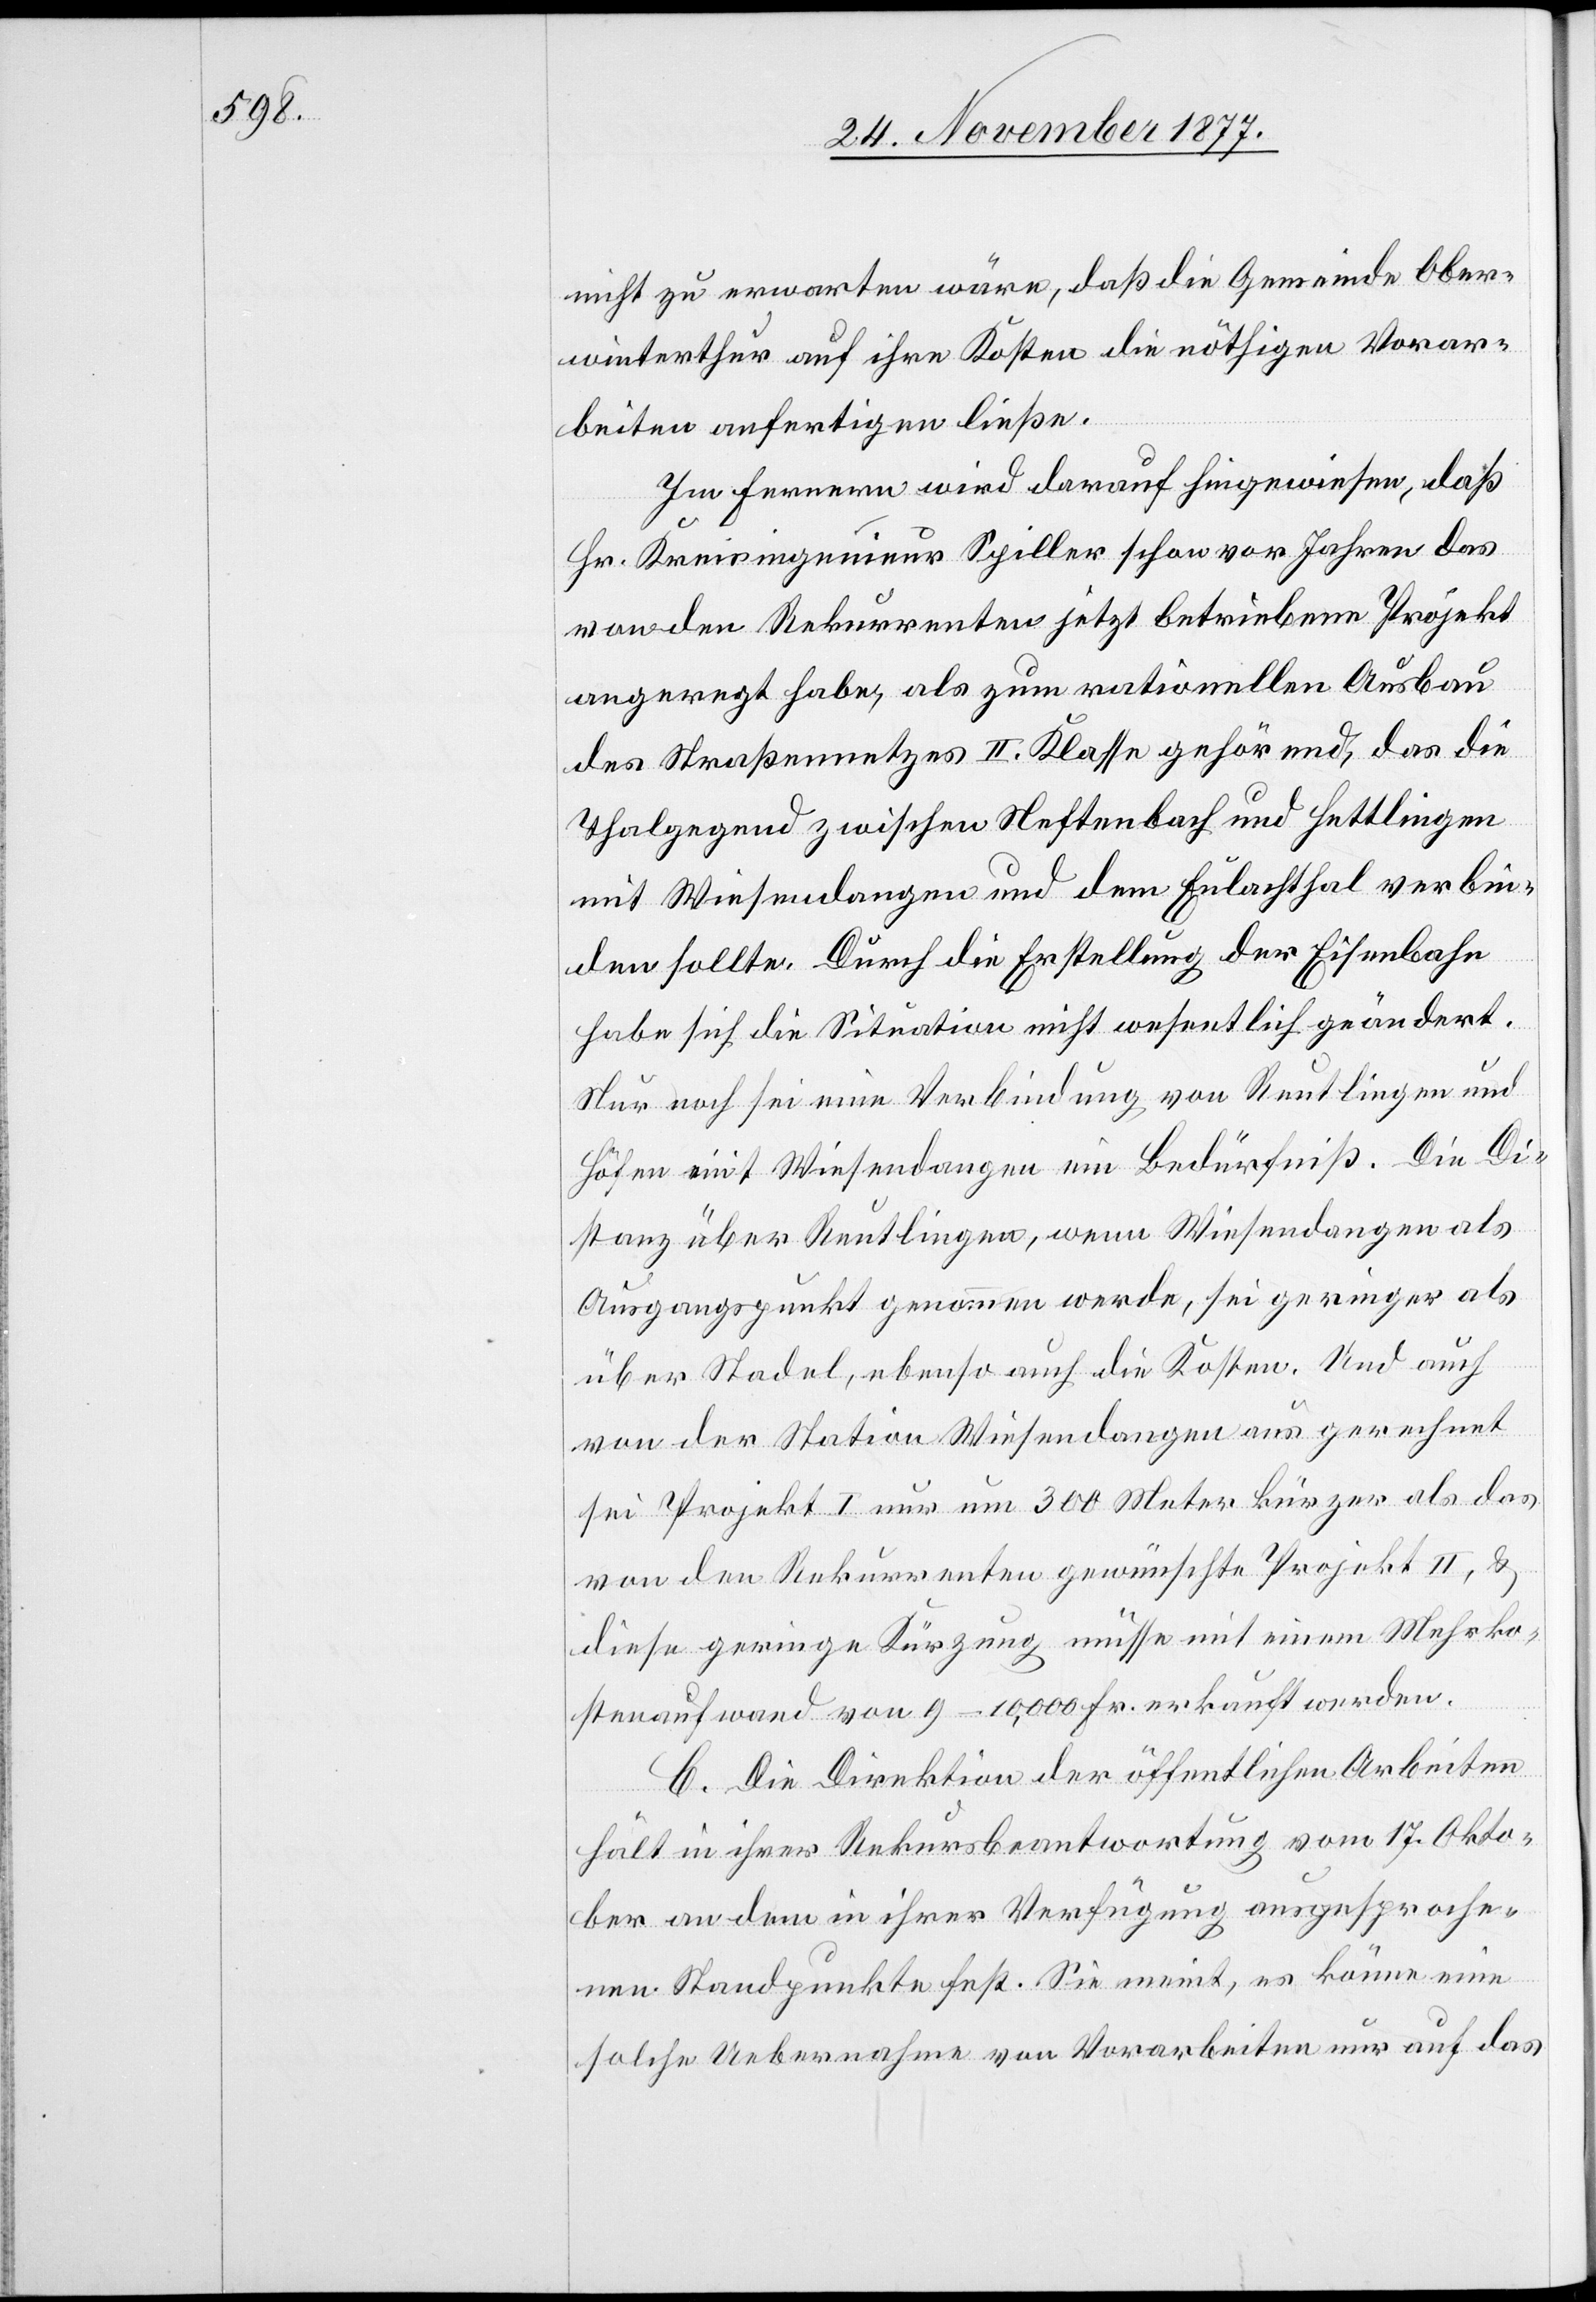
nicht zu erwarten wäre, daß die Gemeinde Ober¬
winterthur auf ihre Kosten die nöthigen Vorar¬
beiten anfertigen ließe.
Im Fernern wird darauf hingewiesen, daß
Hr. Kreisingenieur Spiller schon vor Jahren das
von den Rekurrenten jetzt betriebene Projekt
angeregt habe, als zum rationellen Ausbau
des Straßennetzes II. Klasse gehörend, das die
Thalgegend zwischen Neftenbach und Hettlingen
mit Wiesendangen und dem Eulachthal verbin¬
den sollte. Durch die Erstellung der Eisenbahn
habe sich die Situation nicht wesentlich geändert.
Nur noch sei eine Verbindung von Reutlingen und
Höfen mit Wiesendangen ein Bedürfniß. Die Di¬
stanz über Reutlingen, wenn Wiesendangen als
Ausgangspunkt genommen werde, sei geringer als
über Stadel, ebenso auch die Kosten. Und auch
von der Station Wiesendangen aus gerechnet
sei Projekt I nur um 300 Meter kürzer als das
von den Rekurrenten gewünschte Projekt II, &
diese geringe Kürzung müsse mit einem Mehrko¬
stenaufwand von 9–10,000 Fr. erkauft werden.
C. Die Direktion der öffentlichen Arbeiten
hält in ihrer Rekursbeantwortung vom 17. Okto¬
ber an dem in ihrer Verfügung ausgesproche¬
nen Standpunkte fest. Sie meint, es könne eine
solche Uebernahme von Vorarbeiten nur auf das